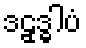
ဒဠှဒ္ဓါပံ